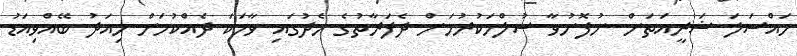
މަައްސަލަ ޝަރީއަތަށް ނުފޮނުވާ ސުލްހަކުރުމަށް ދެފަރާތުގެ މެދުގައި ވާހަކަ ދެއްކުމަށް މިއަދު ބޭއްވިއަޑު